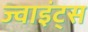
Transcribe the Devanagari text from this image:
ज्वाइंट्स